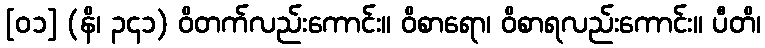
[၀၁] (နိ၊ ၃၄၁) ဝိတက်လည်းကောင်း။ ဝိစာရော၊ ဝိစာရလည်းကောင်း။ ပီတိ၊